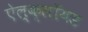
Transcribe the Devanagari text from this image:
ऐल्क्लॉयड